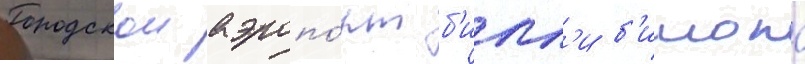
Городскои аэропо́рт б'илл'и б'ишопа